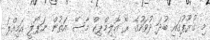
މި ގުރޫޕުގައި ބުދަ ދުވަހުގެ ރޭ އޮލިމްޕިކް މާސޭ އަތުން ނަޕޯލީ އަމިއްލަ